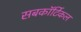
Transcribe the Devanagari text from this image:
सबकॉर्टिकल